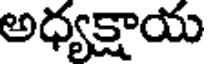
అధ్యక్షాయ